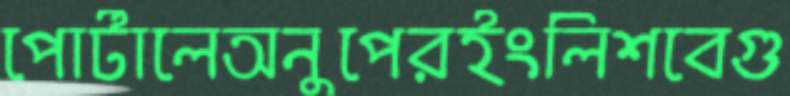
পোর্টালেঅনুপেরইংলিশবেগু